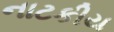
નાટકીય